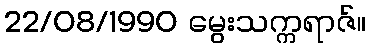
22/08/1990 မွေးသက္ကရာဇ်။